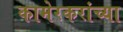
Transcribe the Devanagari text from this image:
कामेरकरांच्या